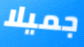
جميلا